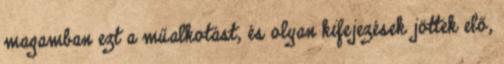
magamban ezt a műalkotást, és olyan kifejezések jöttek elő,